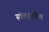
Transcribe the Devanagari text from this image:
स्कंदावरील